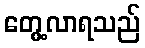
တွေ့လာရသည်